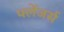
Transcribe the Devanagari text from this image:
फ्लेंजर्स